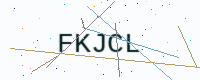
Text: FKJCL